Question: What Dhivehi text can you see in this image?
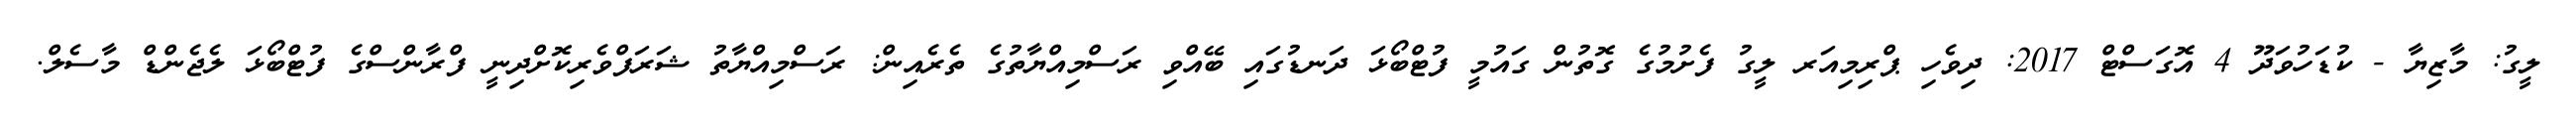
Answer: ލީގު: މާޒިޔާ - ކުޑަހުވަދޫ 4 އޮގަސްޓް 2017: ދިވެހި ޕްރިމިއަރ ލީގު ފެށުމުގެ ގޮތުން ގައުމީ ފުޓްބޯޅަ ދަނޑުގައި ބޭއްވި ރަސްމިއްޔާތުގެ ތެރެއިން: ރަސްމިއްޔާތު ޝަރަފްވެރިކޮށްދިނީ ފްރާންސްގެ ފުޓްބޯޅަ ލެޖެންޑް މާސެލް.